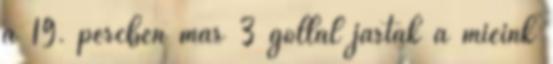
a 19. percben már 3 góllal jártak a mieink